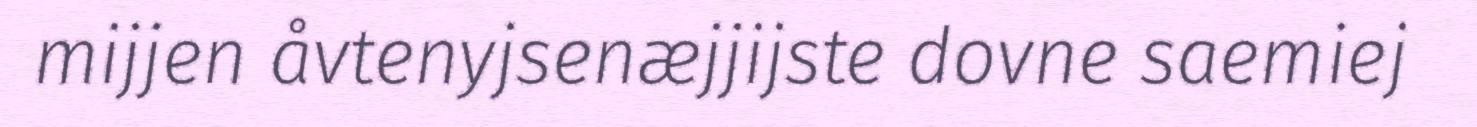
mijjen åvtenyjsenæjjijste dovne saemiej